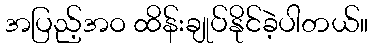
အပြည့်အဝ ထိန်းချုပ်နိုင်ခဲ့ပါတယ်။